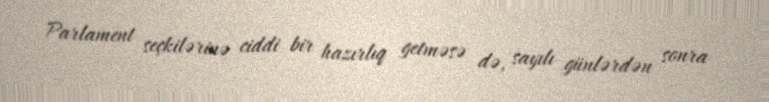
Parlament seçkilərinə ciddi bir hazırlıq getməsə də, sayılı günlərdən sonra